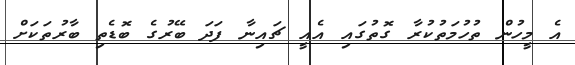
އެ މީހުން ތުހުމަތުކުރާ ގޮތުގައި އެއީ ޗައިނާ ފަދަ ބޭރުގެ ބޮޑެތި ބާރުތަކަށް